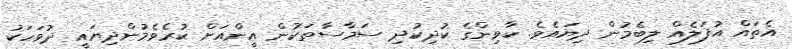
އެތައް އުފަލެއް ލިބެމުން ދިޔައެވެ. ކާވިންގެ ކުދިކުދި ސަމާސާތަކުން އީންއަށް ކުރެވެމުންދިޔައީ ދުވަހަކު